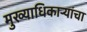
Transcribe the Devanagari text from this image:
मुख्याधिकार्‍यांचा